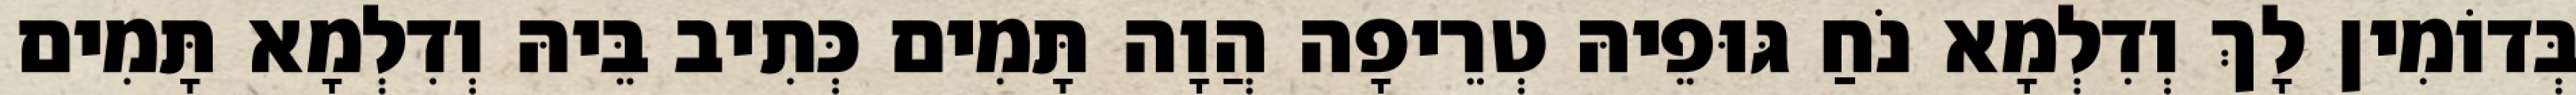
בְּדוֹמִין לָךְ וְדִלְמָא נֹחַ גּוּפֵיהּ טְרֵיפָה הֲוָה תָּמִים כְּתִיב בֵּיהּ וְדִלְמָא תָּמִים